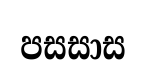
පසසාස